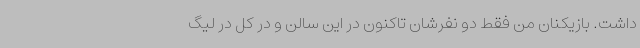
داشت. بازیکنان من فقط دو نفرشان تاکنون در این سالن و در کل در لیگ